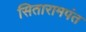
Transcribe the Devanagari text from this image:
सितारामपंत